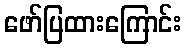
ဖော်ပြထားကြောင်း